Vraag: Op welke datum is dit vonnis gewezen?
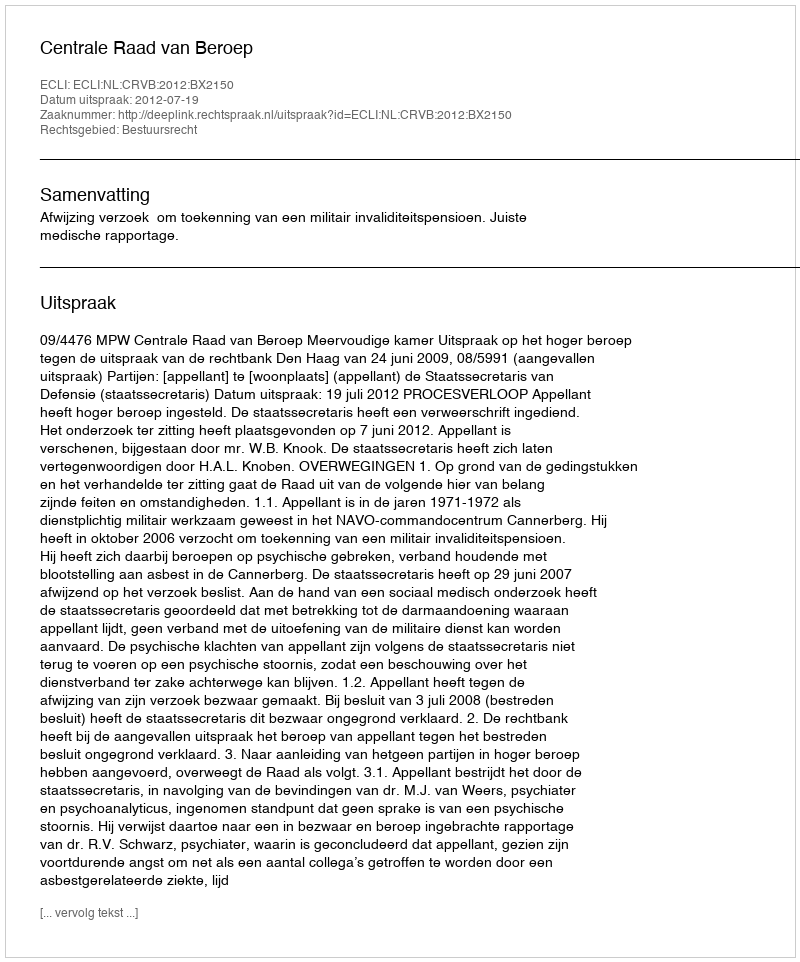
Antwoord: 2012-07-19